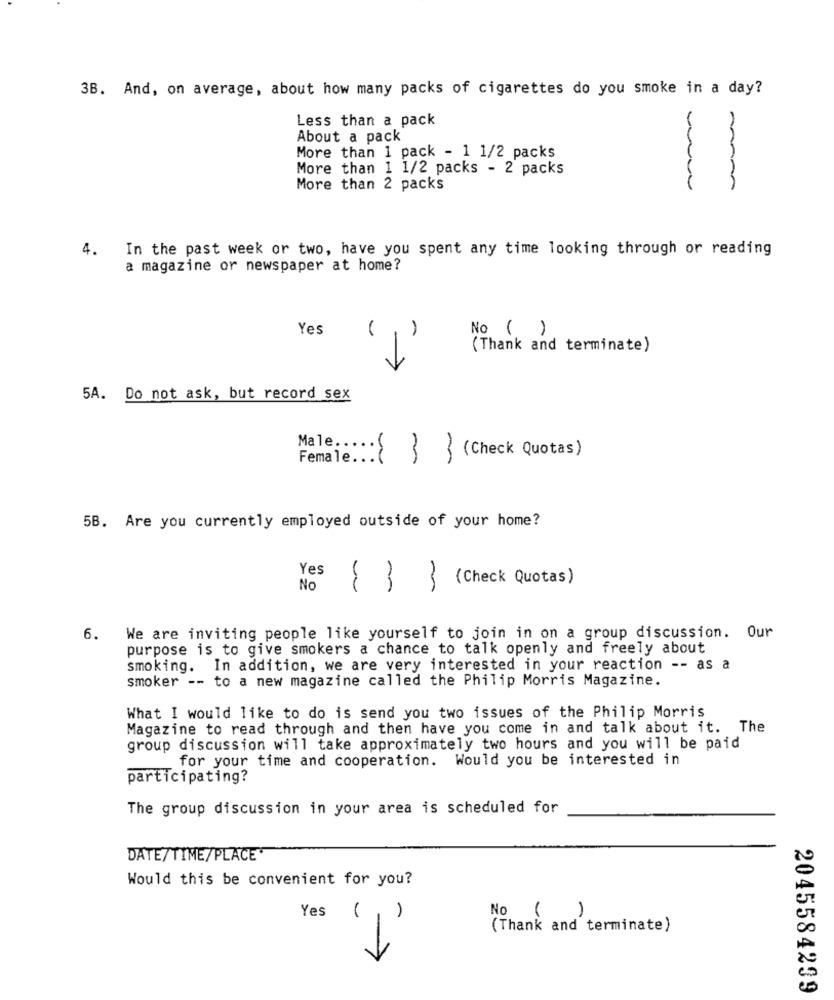
3B. And, on average, about how many packs of cigarettes do you smoke in a day?
Less than a pack
About a pack
More than 1 pack - 1 1/2 packs
More than 1 1/2 packs - 2 packs
More than 2 packs
4.
In the past week or two, have you spent any time looking through or reading
a magazine or newspaper at home?
Yes
No ( )
(Thank and terminate)
5A. Do not ask, but record sex
Male ::··· { (Check Quotas)
5B. Are you currently employed outside of your home?
Yes
(Check Quotas)
No
{3}
6.
We are inviting people like yourself to join in on a group discussion. Our
purpose is to give smokers a chance to talk openly and freely about
smoking. In addition, we are very interested in your reaction -- as a
smoker -- to a new magazine called the Philip Morris Magazine.
What I would like to do is send you two issues of the Philip Morris
Magazine to read through and then have you come in and talk about it. The
group discussion will take approximately two hours and you will be paid
for your time and cooperation. Would you be interested in
participating?
The group discussion in your area is scheduled for
DATE/TIME/PLACE'
Would this be convenient for you?
Yes
No
1
-
(Thank and terminate)
2045584299